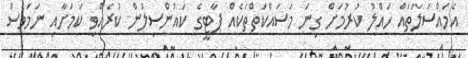
އެމައްސަލަތައް ހައްލު ކުރުމަށް ގިނަ މަސައްކަތްތަކެއް ޕާޓީގެ ކައުންސިލުން ކުރެއްވި ކަމަށާއި ނަމަވެސް